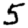
Digit: 5